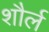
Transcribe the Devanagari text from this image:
शौर्ल